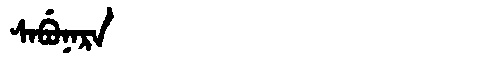
Manchu: ᠰᠠᠪᡠᠨᠠᡵᠠ
Romanization: SABUNARA